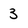
Character: 3